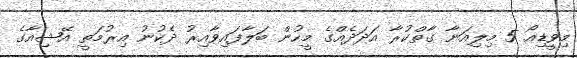
މިވީޑިއޯ 5 މިލިއަނާ ގާތްކުރާ އަދަދެއްގެ މީހުން ބަލާފައިވާއިރު ދެކުނު އިރުމަތީ އޭޝިއާގެ